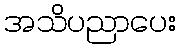
အသိပညာပေး